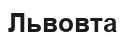
Львовта